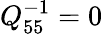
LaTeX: Q_{55}^{-1}=0